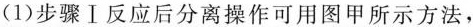
(1)步骤Ⅰ反应后分离操作可用图甲所示方法，